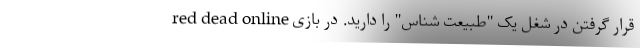
قرار گرفتن در شغل یک "طبیعت شناس" را دارید. در بازی red dead online